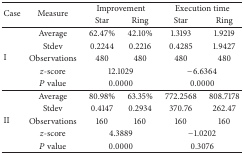
<table><thead><tr><td rowspan="2"><b>Case</b></td><td rowspan="2"><b>Measure</b></td><td colspan="2"><b>Improvement</b></td><td colspan="2"><b>Execution time</b></td></tr><tr><td><b>Star</b></td><td><b>Ring</b></td><td><b>Star</b></td><td><b>Ring</b></td></tr></thead><tbody><tr><td rowspan="5">I</td><td>Average</td><td>62.47%</td><td>42.10%</td><td>1.3193</td><td>1.9219</td></tr><tr><td>Stdev</td><td>0.2244</td><td>0.2216</td><td>0.4285</td><td>1.9427</td></tr><tr><td>Observations</td><td>480</td><td>480</td><td>480</td><td>480</td></tr><tr><td><i>z</i>-score</td><td colspan="2">12.1029</td><td colspan="2">−6.6364</td></tr><tr><td><i>P</i> value</td><td colspan="2">0.0000</td><td colspan="2">0.0000</td></tr><tr><td rowspan="5">II</td><td>Average</td><td>80.98%</td><td>63.35%</td><td>772.2568</td><td>808.7178</td></tr><tr><td>Stdev</td><td>0.4147</td><td>0.2934</td><td>370.76</td><td>262.47</td></tr><tr><td>Observations</td><td>160</td><td>160</td><td>160</td><td>160</td></tr><tr><td><i>z</i>-score</td><td colspan="2">4.3889</td><td colspan="2">−1.0202</td></tr><tr><td><i>P</i> value</td><td colspan="2">0.0000</td><td colspan="2">0.3076</td></tr></tbody></table>